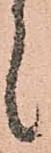
候